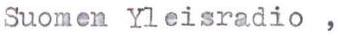
Suomen Yleisradio ,